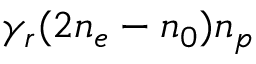
\gamma _ { r } ( 2 n _ { e } - n _ { 0 } ) n _ { p }